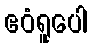
ဧဝံရူပေါ